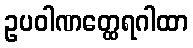
ဥပဝါဏတ္ထေရဂါထာ